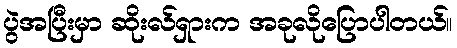
ပွဲအပြီးမှာ ဆိုးလ်ရှားက အခုလိုပြောပါတယ်။